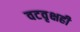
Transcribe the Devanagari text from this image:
वटवृक्षही